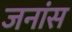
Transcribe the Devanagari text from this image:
जनांस